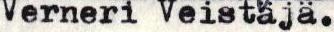
Verneri Veistäjä.